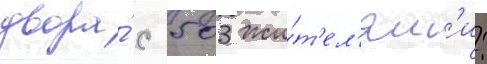
двора́ с 503 жи́т'ел'ям'и: